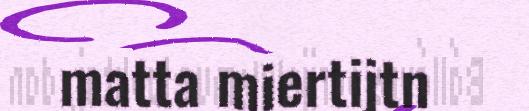
matta miertijtn